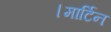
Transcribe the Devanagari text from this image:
।मार्टिन